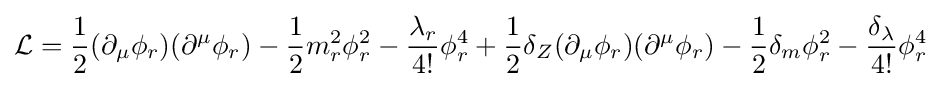
{\mathcal {L}}={\frac {1}{2}}(\partial _{\mu }\phi _{r})(\partial ^{\mu }\phi _{r})-{\frac {1}{2}}m_{r}^{2}\phi _{r}^{2}-{\frac {\lambda _{r}}{4!}}\phi _{r}^{4}+{\frac {1}{2}}\delta _{Z}(\partial _{\mu }\phi _{r})(\partial ^{\mu }\phi _{r})-{\frac {1}{2}}\delta _{m}\phi _{r}^{2}-{\frac {\delta _{\lambda }}{4!}}\phi _{r}^{4}